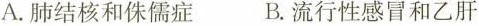
A.肺结核和侏儒症 B.流行性感冒和乙肝